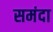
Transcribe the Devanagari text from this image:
समंदा